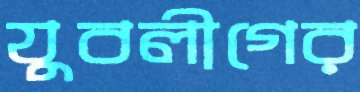
যুবলীগের